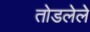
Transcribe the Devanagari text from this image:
तोडलेले